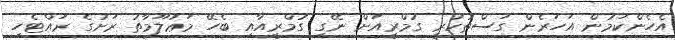
އެހެންކަމުން އަހަރެން ގަސްތުކުރީ ގުމްރީއަށް ނޭގި ގުމްރީއާއި ބެހޭ މަޢުލޫމާތު ރަށުގެ ރައްޓެހި